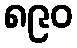
၈၉၀